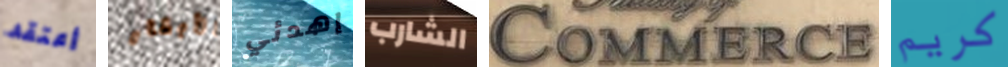
أعتقد الأبقار إهدئي الشارب Commerce كريم